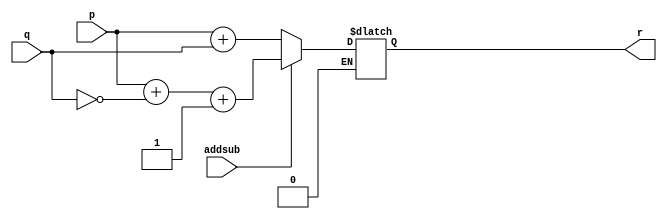
module myalu (p,q,addsub,r);
	input [15:0] p,q;
	input addsub;
	output reg[15:0]r;
	
	always @(p or q or addsub) begin
		if (addsub == 1'b1)
			r <= p+(~q)+1'b1;
		else if (addsub == 1'b0)
			r <= p+q;
		end
	
endmodule